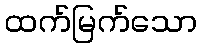
ထက်မြက်သော